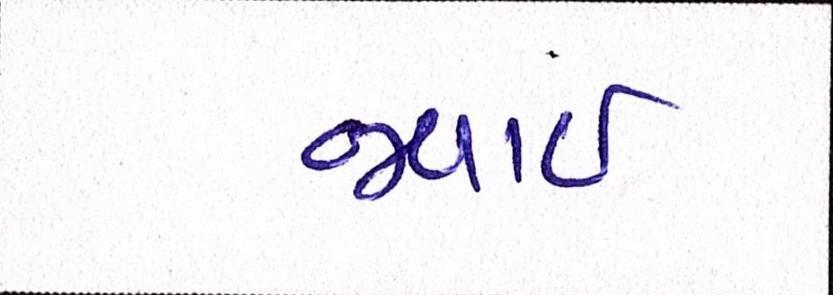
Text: જવાઇ